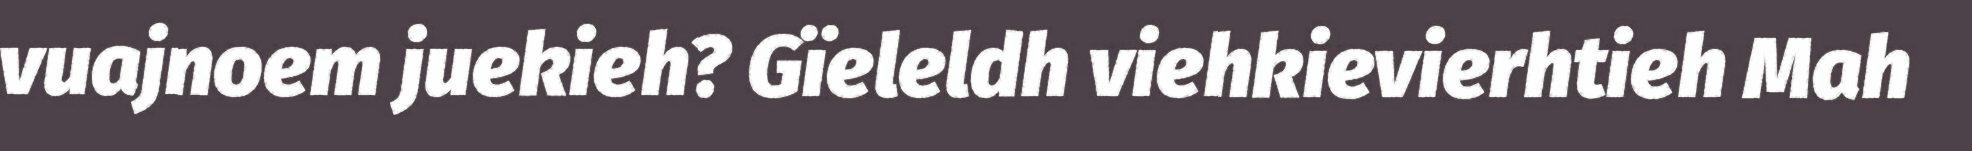
vuajnoem juekieh? Gïeleldh viehkievierhtieh Mah